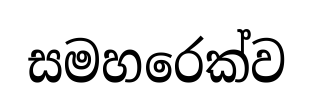
සමහරෙක්ව